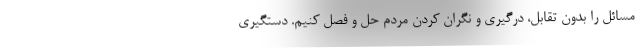
مسائل را بدون تقابل، درگیری و نگران کردن مردم حل و فصل کنیم. دستگیری